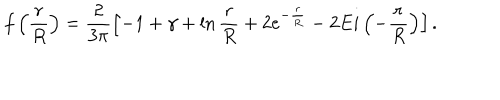
LaTeX: f \left( \frac { r } { R } \right) = \frac { 2 } { 3 \pi } \left[ - 1 + \gamma + \ln \frac { r } { R } + 2 e ^ { - \frac { r } { R } } - 2 E i \left( - \frac { r } { R } \right) \right] .